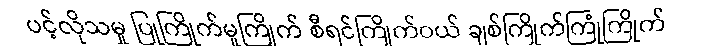
ပင့်လိုသမှု ပြုကြိုက်မူကြိုက် စီရင်ကြိုက်ဝယ် ချစ်ကြိုက်ကြုံကြိုက်